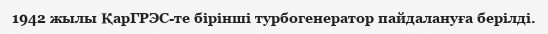
1942 жылы ҚарГРЭС-те бірінші турбогенератор пайдалануға берілді.